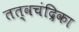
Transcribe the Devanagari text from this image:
तत्वचंद्रिका